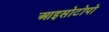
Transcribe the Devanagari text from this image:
आइसोटोपो